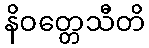
နိဝတ္တေသီတိ